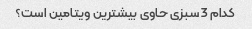
کدام 3 سبزی حاوی بیشترین ویتامین است؟